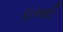
ઇરાદો